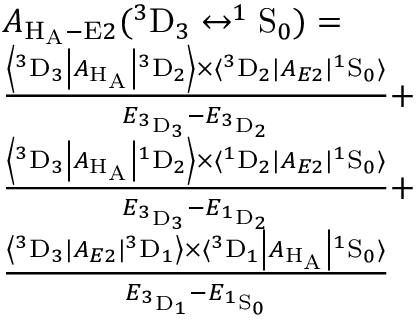
\begin{array} { r l } & { A _ { \mathrm { H _ { A } } - \mathrm { E } 2 } ( ^ { 3 } \mathrm { D } _ { 3 } \leftrightarrow ^ { 1 } \mathrm { S } _ { 0 } ) = } \\ & { \frac { \left\langle ^ 3 \mathrm { D } _ { 3 } \left| A _ { \mathrm { H _ { A } } } \right| { ^ 3 \mathrm { D } _ { 2 } } \right\rangle \times \langle ^ { 3 } \mathrm { D } _ { 2 } | A _ { E 2 } | ^ { 1 } \mathrm { S } _ { 0 } \rangle } { E _ { ^ 3 \mathrm { D } _ { 3 } } - E _ { ^ 3 \mathrm { D } _ { 2 } } } + } \\ & { \frac { \left\langle ^ 3 \mathrm { D } _ { 3 } \left| A _ { \mathrm { H _ { A } } } \right| { ^ 1 \mathrm { D } _ { 2 } } \right\rangle \times \langle ^ { 1 } \mathrm { D } _ { 2 } | A _ { E 2 } | ^ { 1 } \mathrm { S } _ { 0 } \rangle } { E _ { ^ 3 \mathrm { D } _ { 3 } } - E _ { ^ 1 \mathrm { D } _ { 2 } } } + } \\ & { \frac { \left\langle { ^ 3 \mathrm { D } _ { 3 } } | A _ { E 2 } | ^ { 3 } \mathrm { D } _ { 1 } \right\rangle \times \langle ^ { 3 } \mathrm { D } _ { 1 } \left| A _ { \mathrm { H _ { A } } } \right| { ^ 1 \mathrm { S } _ { 0 } } \rangle } { E _ { ^ 3 \mathrm { D } _ { 1 } } - E _ { ^ 1 \mathrm { S } _ { 0 } } } } \end{array}